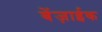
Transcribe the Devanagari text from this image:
बेंज़ाईक